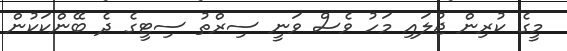
މީގެ ކުރިން ޖުލައި މަހު ވެސް ވަނީ ސިރްތު ސިޓީގެ ދެ ބޭންކަކުން